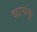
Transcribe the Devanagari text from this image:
कायकू